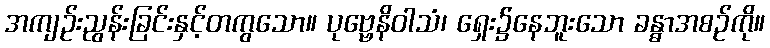
အကျဉ်းညွန်းခြင်းနှင့်တကွသော။ ပုဗ္ဗေနိဝါသံ၊ ရှေး၌နေဘူးသော ခန္ဓာအစဉ်ကို။